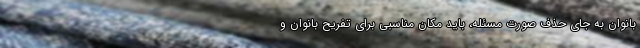
بانوان به جای حذف صورت مسئله، باید مکان مناسبی برای تفریح بانوان و